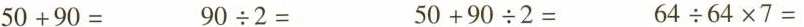
$$5 0 + 9 0 =$$ $$9 0 \div 2 =$$ $$5 0 + 9 0 \div 2=$$ $$6 4 \div 6 4 \times 7 =$$